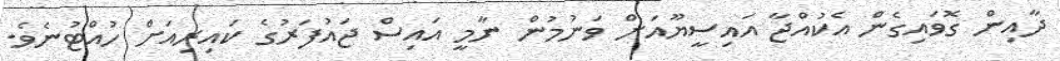
ދާއިން ގޮވައިގެން އެކުއްޖާ އައިސީޔޫއަށް ވަނުމުން ނާމީ އައިސް ޖައުފަރުގެ ކައިރިއަށް ހުއްޓުނެވެ.